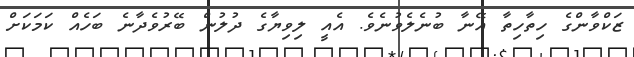
ޒަކްވާންގެ ހިތާހިތާ އޭނާ ބުނެލެވުނެވެ. އެއީ ލިވިޔާގެ ދުލުން ބޭރުވެދާނެ ބަހެއް ކަމަކަށް